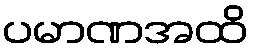
ပမာဏအထိ